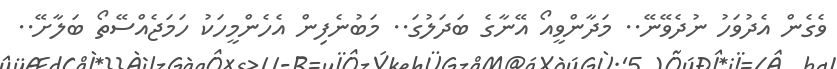
ވެގެން އެދުވަހު ނުދެވޭނޭ.. މަދާންވީއޯ އޭނާގެ ބަދަލުގަ.. މަބުނެފިން އެހެންމީހަކު ހަމަޖެއްސޭތޯ ބަލާށޭ..